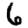
Digit: 6